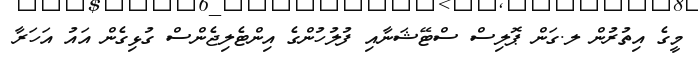
މީގެ އިތުރުން ލ.ގަން ޕޮލިސް ސްޓޭޝަނާއި ފުލުހުންގެ އިންޓެލިޖެންސް ގުޅިގެން އައު އަހަރާ